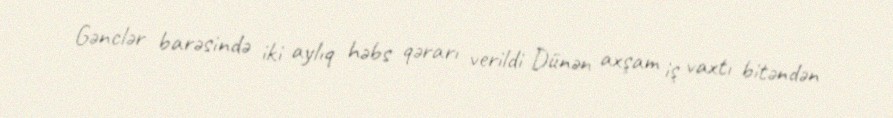
Gənclər barəsində iki aylıq həbs qərarı verildi Dünən axşam iş vaxtı bitəndən